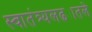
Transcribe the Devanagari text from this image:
स्वातंत्र्यलढ्यातले